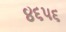
૪૬૫૬